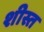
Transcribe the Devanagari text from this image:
शीस्त